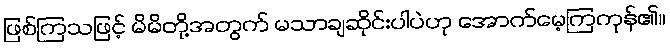
ဖြစ်ကြသဖြင့် မိမိတို့အတွက် မသာချဆိုင်းပါပဲဟု အောက်မေ့ကြကုန်၏။